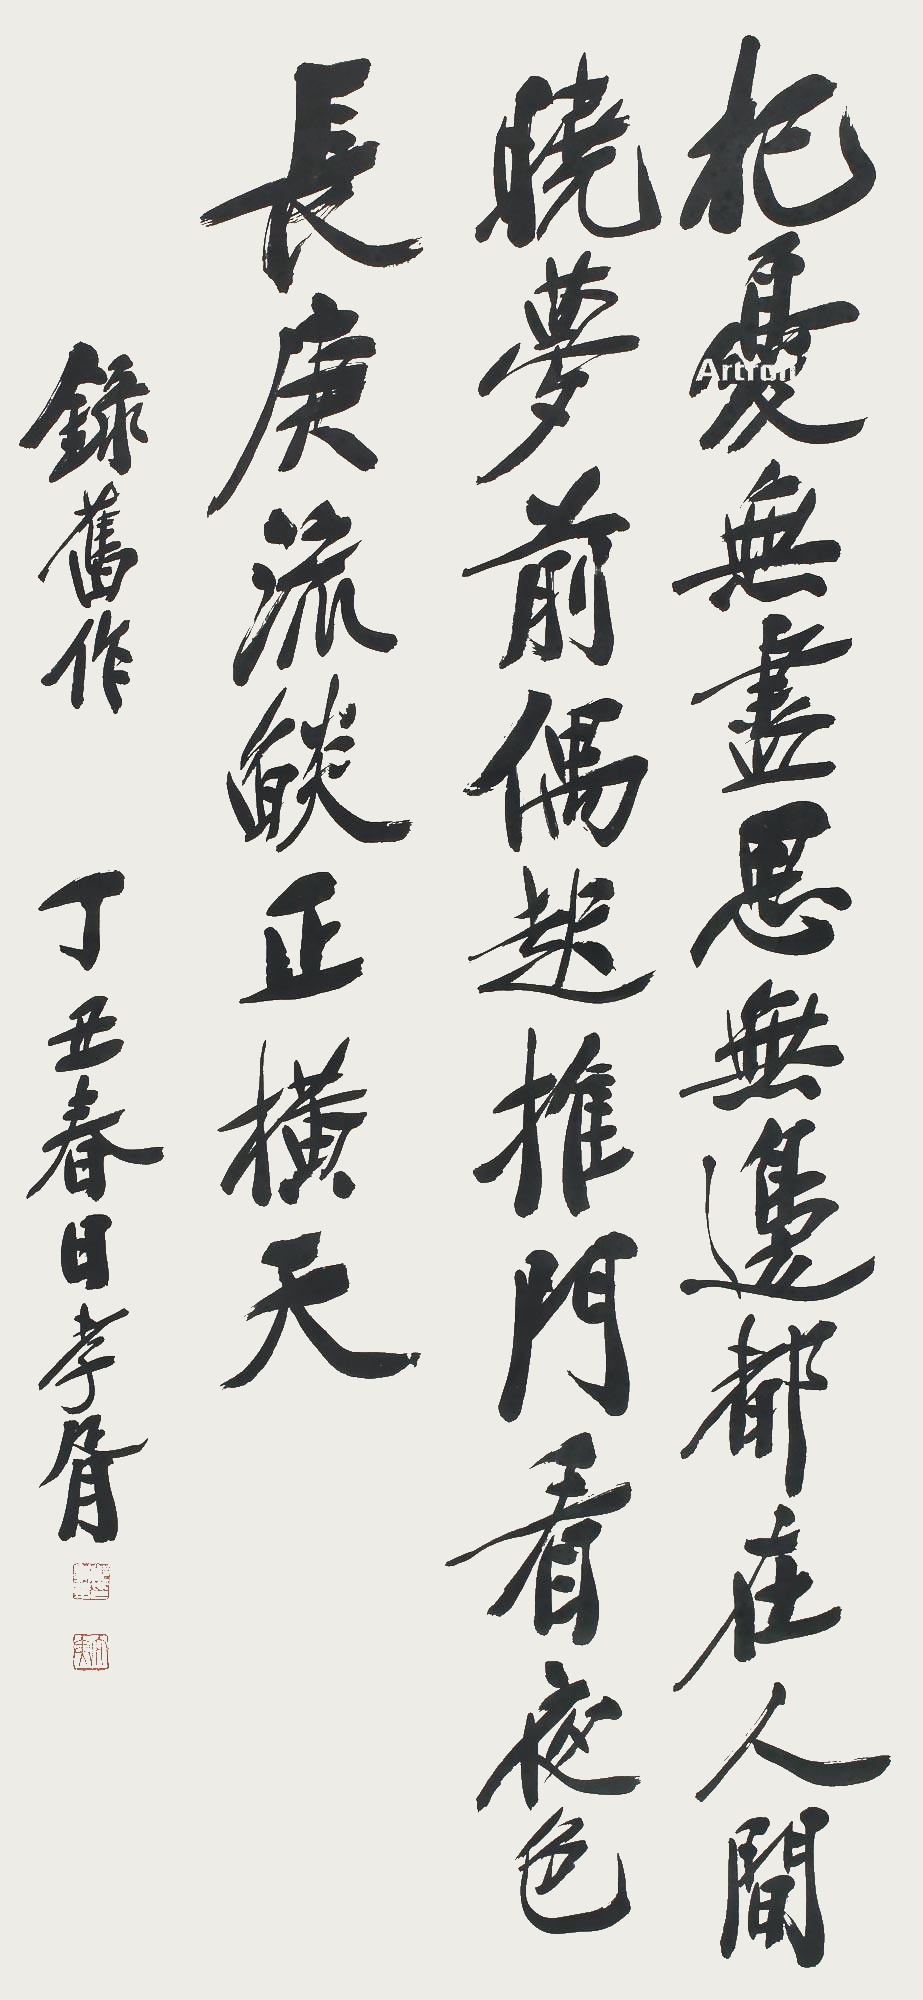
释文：杞忧无尽思无边，都在人间晓梦前。偶起推门看夜色，长庚流焰正横天。录旧作，丁丑春日孝胥。